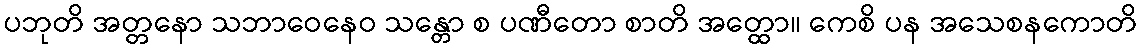
ပဘုတိ အတ္တနော သဘာဝေနေဝ သန္တော စ ပဏီတော စာတိ အတ္ထော။ ကေစိ ပန အသေစနကောတိ